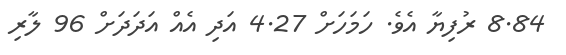
8.84 ރުފިޔާ އެވެ. ހަމަހަށް 4.27 އަދި އެއް އަދަދަށް 96 ލާރި